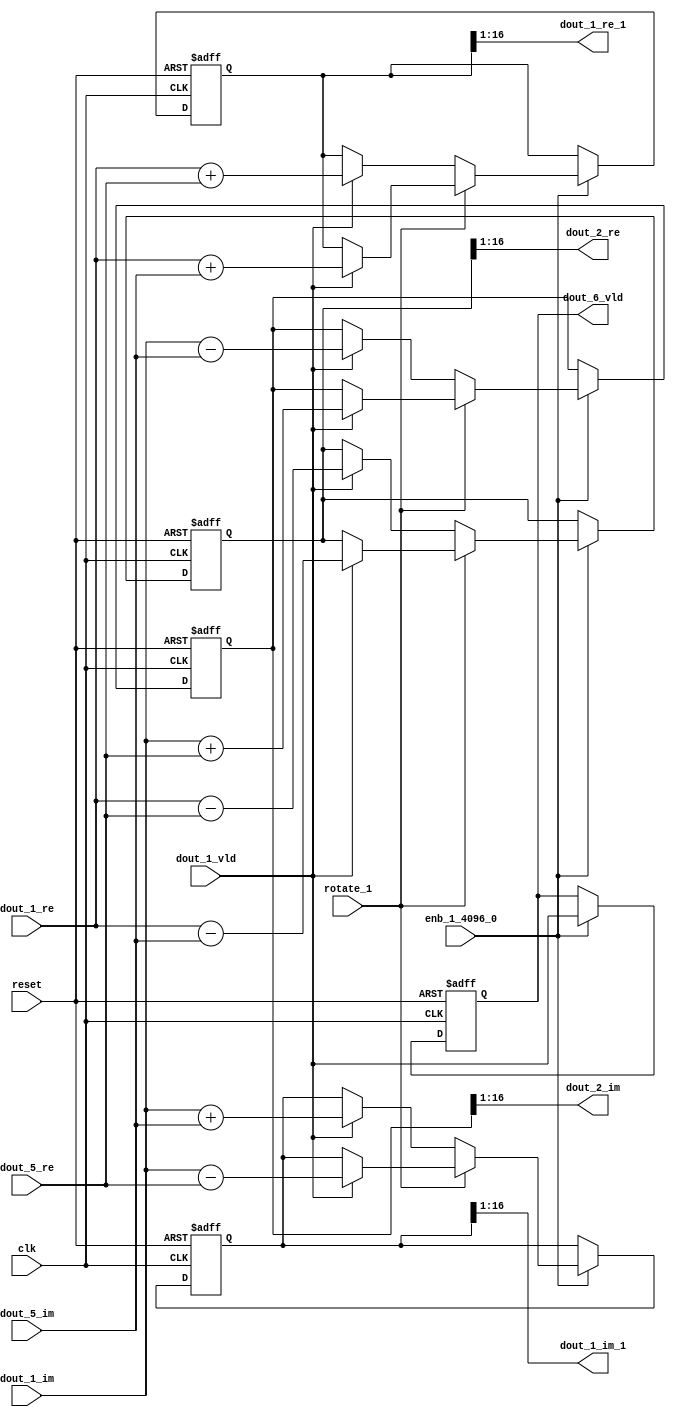
// -------------------------------------------------------------
// 
// 
// Generated by MATLAB 9.14 and HDL Coder 4.1
// 
// -------------------------------------------------------------


// -------------------------------------------------------------
// 
// Module: RADIX22FFT_SDNF2_6
// Source Path: dsphdl.IFFT/RADIX22FFT_SDNF2_6
// Hierarchy Level: 4
// 
// -------------------------------------------------------------

`timescale 1 ns / 1 ns

module RADIX22FFT_SDNF2_6
          (clk,
           reset,
           enb_1_4096_0,
           rotate_1,
           dout_1_re,
           dout_1_im,
           dout_5_re,
           dout_5_im,
           dout_1_vld,
           dout_1_re_1,
           dout_1_im_1,
           dout_2_re,
           dout_2_im,
           dout_6_vld);


  input   clk;
  input   reset;
  input   enb_1_4096_0;
  input   rotate_1;  // ufix1
  input   signed [15:0] dout_1_re;  // sfix16_En14
  input   signed [15:0] dout_1_im;  // sfix16_En14
  input   signed [15:0] dout_5_re;  // sfix16_En14
  input   signed [15:0] dout_5_im;  // sfix16_En14
  input   dout_1_vld;
  output  signed [15:0] dout_1_re_1;  // sfix16_En14
  output  signed [15:0] dout_1_im_1;  // sfix16_En14
  output  signed [15:0] dout_2_re;  // sfix16_En14
  output  signed [15:0] dout_2_im;  // sfix16_En14
  output  dout_6_vld;


  reg  Radix22ButterflyG2_NF_din_vld_dly;
  reg signed [16:0] Radix22ButterflyG2_NF_btf1_re_reg;  // sfix17
  reg signed [16:0] Radix22ButterflyG2_NF_btf1_im_reg;  // sfix17
  reg signed [16:0] Radix22ButterflyG2_NF_btf2_re_reg;  // sfix17
  reg signed [16:0] Radix22ButterflyG2_NF_btf2_im_reg;  // sfix17
  reg  Radix22ButterflyG2_NF_din_vld_dly_next;
  reg signed [16:0] Radix22ButterflyG2_NF_btf1_re_reg_next;  // sfix17_En14
  reg signed [16:0] Radix22ButterflyG2_NF_btf1_im_reg_next;  // sfix17_En14
  reg signed [16:0] Radix22ButterflyG2_NF_btf2_re_reg_next;  // sfix17_En14
  reg signed [16:0] Radix22ButterflyG2_NF_btf2_im_reg_next;  // sfix17_En14
  reg signed [15:0] dout_1_re_2;  // sfix16_En14
  reg signed [15:0] dout_1_im_2;  // sfix16_En14
  reg signed [15:0] dout_2_re_1;  // sfix16_En14
  reg signed [15:0] dout_2_im_1;  // sfix16_En14
  reg  dout_6_vld_1;
  reg signed [16:0] Radix22ButterflyG2_NF_add_cast;  // sfix17_En14
  reg signed [16:0] Radix22ButterflyG2_NF_add_cast_0;  // sfix17_En14
  reg signed [16:0] Radix22ButterflyG2_NF_add_cast_1;  // sfix17_En14
  reg signed [16:0] Radix22ButterflyG2_NF_add_cast_2;  // sfix17_En14
  reg signed [16:0] Radix22ButterflyG2_NF_sub_cast;  // sfix17_En14
  reg signed [16:0] Radix22ButterflyG2_NF_sub_cast_0;  // sfix17_En14
  reg signed [16:0] Radix22ButterflyG2_NF_sub_cast_1;  // sfix17_En14
  reg signed [16:0] Radix22ButterflyG2_NF_sub_cast_2;  // sfix17_En14
  reg signed [16:0] Radix22ButterflyG2_NF_sra_temp;  // sfix17_En14
  reg signed [16:0] Radix22ButterflyG2_NF_add_cast_3;  // sfix17_En14
  reg signed [16:0] Radix22ButterflyG2_NF_add_cast_4;  // sfix17_En14
  reg signed [16:0] Radix22ButterflyG2_NF_add_cast_5;  // sfix17_En14
  reg signed [16:0] Radix22ButterflyG2_NF_add_cast_6;  // sfix17_En14
  reg signed [16:0] Radix22ButterflyG2_NF_sra_temp_0;  // sfix17_En14
  reg signed [16:0] Radix22ButterflyG2_NF_sub_cast_3;  // sfix17_En14
  reg signed [16:0] Radix22ButterflyG2_NF_sub_cast_4;  // sfix17_En14
  reg signed [16:0] Radix22ButterflyG2_NF_sub_cast_5;  // sfix17_En14
  reg signed [16:0] Radix22ButterflyG2_NF_sub_cast_6;  // sfix17_En14
  reg signed [16:0] Radix22ButterflyG2_NF_sra_temp_1;  // sfix17_En14
  reg signed [16:0] Radix22ButterflyG2_NF_sra_temp_2;  // sfix17_En14


  // Radix22ButterflyG2_NF
  always @(posedge clk or posedge reset)
    begin : Radix22ButterflyG2_NF_process
      if (reset == 1'b1) begin
        Radix22ButterflyG2_NF_din_vld_dly <= 1'b0;
        Radix22ButterflyG2_NF_btf1_re_reg <= 17'sb00000000000000000;
        Radix22ButterflyG2_NF_btf1_im_reg <= 17'sb00000000000000000;
        Radix22ButterflyG2_NF_btf2_re_reg <= 17'sb00000000000000000;
        Radix22ButterflyG2_NF_btf2_im_reg <= 17'sb00000000000000000;
      end
      else begin
        if (enb_1_4096_0) begin
          Radix22ButterflyG2_NF_din_vld_dly <= Radix22ButterflyG2_NF_din_vld_dly_next;
          Radix22ButterflyG2_NF_btf1_re_reg <= Radix22ButterflyG2_NF_btf1_re_reg_next;
          Radix22ButterflyG2_NF_btf1_im_reg <= Radix22ButterflyG2_NF_btf1_im_reg_next;
          Radix22ButterflyG2_NF_btf2_re_reg <= Radix22ButterflyG2_NF_btf2_re_reg_next;
          Radix22ButterflyG2_NF_btf2_im_reg <= Radix22ButterflyG2_NF_btf2_im_reg_next;
        end
      end
    end

  always @(Radix22ButterflyG2_NF_btf1_im_reg, Radix22ButterflyG2_NF_btf1_re_reg,
       Radix22ButterflyG2_NF_btf2_im_reg, Radix22ButterflyG2_NF_btf2_re_reg,
       Radix22ButterflyG2_NF_din_vld_dly, dout_1_im, dout_1_re, dout_1_vld,
       dout_5_im, dout_5_re, rotate_1) begin
    Radix22ButterflyG2_NF_add_cast_1 = 17'sb00000000000000000;
    Radix22ButterflyG2_NF_add_cast_2 = 17'sb00000000000000000;
    Radix22ButterflyG2_NF_sub_cast_1 = 17'sb00000000000000000;
    Radix22ButterflyG2_NF_sub_cast_2 = 17'sb00000000000000000;
    Radix22ButterflyG2_NF_add_cast_5 = 17'sb00000000000000000;
    Radix22ButterflyG2_NF_add_cast_6 = 17'sb00000000000000000;
    Radix22ButterflyG2_NF_sub_cast_5 = 17'sb00000000000000000;
    Radix22ButterflyG2_NF_sub_cast_6 = 17'sb00000000000000000;
    Radix22ButterflyG2_NF_add_cast = 17'sb00000000000000000;
    Radix22ButterflyG2_NF_add_cast_0 = 17'sb00000000000000000;
    Radix22ButterflyG2_NF_sub_cast = 17'sb00000000000000000;
    Radix22ButterflyG2_NF_sub_cast_0 = 17'sb00000000000000000;
    Radix22ButterflyG2_NF_add_cast_3 = 17'sb00000000000000000;
    Radix22ButterflyG2_NF_add_cast_4 = 17'sb00000000000000000;
    Radix22ButterflyG2_NF_sub_cast_3 = 17'sb00000000000000000;
    Radix22ButterflyG2_NF_sub_cast_4 = 17'sb00000000000000000;
    Radix22ButterflyG2_NF_btf1_re_reg_next = Radix22ButterflyG2_NF_btf1_re_reg;
    Radix22ButterflyG2_NF_btf1_im_reg_next = Radix22ButterflyG2_NF_btf1_im_reg;
    Radix22ButterflyG2_NF_btf2_re_reg_next = Radix22ButterflyG2_NF_btf2_re_reg;
    Radix22ButterflyG2_NF_btf2_im_reg_next = Radix22ButterflyG2_NF_btf2_im_reg;
    Radix22ButterflyG2_NF_din_vld_dly_next = dout_1_vld;
    if (rotate_1 != 1'b0) begin
      if (dout_1_vld) begin
        Radix22ButterflyG2_NF_add_cast_1 = {dout_1_re[15], dout_1_re};
        Radix22ButterflyG2_NF_add_cast_2 = {dout_5_im[15], dout_5_im};
        Radix22ButterflyG2_NF_btf1_re_reg_next = Radix22ButterflyG2_NF_add_cast_1 + Radix22ButterflyG2_NF_add_cast_2;
        Radix22ButterflyG2_NF_sub_cast_1 = {dout_1_re[15], dout_1_re};
        Radix22ButterflyG2_NF_sub_cast_2 = {dout_5_im[15], dout_5_im};
        Radix22ButterflyG2_NF_btf2_re_reg_next = Radix22ButterflyG2_NF_sub_cast_1 - Radix22ButterflyG2_NF_sub_cast_2;
        Radix22ButterflyG2_NF_add_cast_5 = {dout_1_im[15], dout_1_im};
        Radix22ButterflyG2_NF_add_cast_6 = {dout_5_re[15], dout_5_re};
        Radix22ButterflyG2_NF_btf2_im_reg_next = Radix22ButterflyG2_NF_add_cast_5 + Radix22ButterflyG2_NF_add_cast_6;
        Radix22ButterflyG2_NF_sub_cast_5 = {dout_1_im[15], dout_1_im};
        Radix22ButterflyG2_NF_sub_cast_6 = {dout_5_re[15], dout_5_re};
        Radix22ButterflyG2_NF_btf1_im_reg_next = Radix22ButterflyG2_NF_sub_cast_5 - Radix22ButterflyG2_NF_sub_cast_6;
      end
    end
    else if (dout_1_vld) begin
      Radix22ButterflyG2_NF_add_cast = {dout_1_re[15], dout_1_re};
      Radix22ButterflyG2_NF_add_cast_0 = {dout_5_re[15], dout_5_re};
      Radix22ButterflyG2_NF_btf1_re_reg_next = Radix22ButterflyG2_NF_add_cast + Radix22ButterflyG2_NF_add_cast_0;
      Radix22ButterflyG2_NF_sub_cast = {dout_1_re[15], dout_1_re};
      Radix22ButterflyG2_NF_sub_cast_0 = {dout_5_re[15], dout_5_re};
      Radix22ButterflyG2_NF_btf2_re_reg_next = Radix22ButterflyG2_NF_sub_cast - Radix22ButterflyG2_NF_sub_cast_0;
      Radix22ButterflyG2_NF_add_cast_3 = {dout_1_im[15], dout_1_im};
      Radix22ButterflyG2_NF_add_cast_4 = {dout_5_im[15], dout_5_im};
      Radix22ButterflyG2_NF_btf1_im_reg_next = Radix22ButterflyG2_NF_add_cast_3 + Radix22ButterflyG2_NF_add_cast_4;
      Radix22ButterflyG2_NF_sub_cast_3 = {dout_1_im[15], dout_1_im};
      Radix22ButterflyG2_NF_sub_cast_4 = {dout_5_im[15], dout_5_im};
      Radix22ButterflyG2_NF_btf2_im_reg_next = Radix22ButterflyG2_NF_sub_cast_3 - Radix22ButterflyG2_NF_sub_cast_4;
    end
    Radix22ButterflyG2_NF_sra_temp = Radix22ButterflyG2_NF_btf1_re_reg >>> 8'd1;
    dout_1_re_2 = Radix22ButterflyG2_NF_sra_temp[15:0];
    Radix22ButterflyG2_NF_sra_temp_0 = Radix22ButterflyG2_NF_btf1_im_reg >>> 8'd1;
    dout_1_im_2 = Radix22ButterflyG2_NF_sra_temp_0[15:0];
    Radix22ButterflyG2_NF_sra_temp_1 = Radix22ButterflyG2_NF_btf2_re_reg >>> 8'd1;
    dout_2_re_1 = Radix22ButterflyG2_NF_sra_temp_1[15:0];
    Radix22ButterflyG2_NF_sra_temp_2 = Radix22ButterflyG2_NF_btf2_im_reg >>> 8'd1;
    dout_2_im_1 = Radix22ButterflyG2_NF_sra_temp_2[15:0];
    dout_6_vld_1 = Radix22ButterflyG2_NF_din_vld_dly;
  end



  assign dout_1_re_1 = dout_1_re_2;

  assign dout_1_im_1 = dout_1_im_2;

  assign dout_2_re = dout_2_re_1;

  assign dout_2_im = dout_2_im_1;

  assign dout_6_vld = dout_6_vld_1;

endmodule  // RADIX22FFT_SDNF2_6